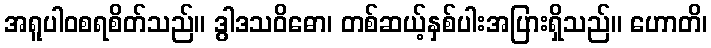
အရူပါဝစရစိတ်သည်။ ဒွါဒသဝိဓော၊ တစ်ဆယ့်နှစ်ပါးအပြားရှိသည်။ ဟောတိ၊